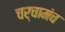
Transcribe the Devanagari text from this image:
चर्चामंच